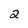
Character: 2